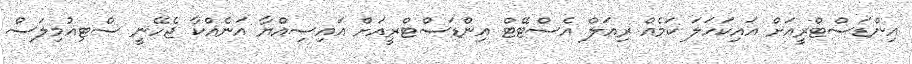
އިންޑަސްޓްރީއަށް އައިކަހަލަ ކަމެއް ރިއަލް އެސްޓޭޓް އިންޑަސްޓްރީއަށް އައިސިއްޔާ އަނެއްކާ ޖެހޭނީ ސްޓިއުމިލަސް